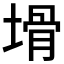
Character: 𱗞